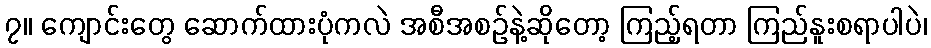
၇။ ကျောင်းတွေ ဆောက်ထားပုံကလဲ အစီအစဉ်နဲ့ဆိုတော့ ကြည့်ရတာ ကြည်နူးစရာပါပဲ၊